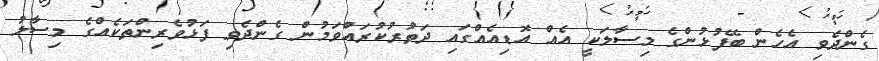
ގެންދެވި އެހެން ބޭފުޅުންގެ މިސާލަކީ އެއް އޮޑިއެއްގައި ދަތުރުކުރައްވަމުން ގެންދެވި ފަޅުވެރިންތަކެއްގެ މިސާލު